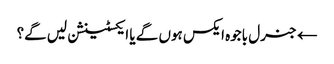
← جنرل باجوہ ایکس ہوں گے یا ایکسٹینشن لیں گے؟